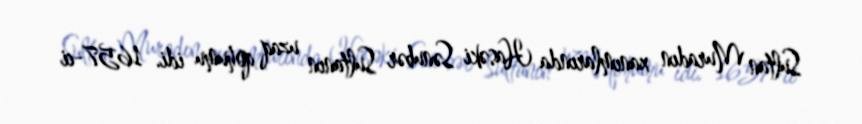
Sultan Muradın xanımlarında Hasəki Sənubər Sultanın uzaq qohumu idi. 1657-ci